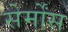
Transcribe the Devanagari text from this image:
सेर्मोंस